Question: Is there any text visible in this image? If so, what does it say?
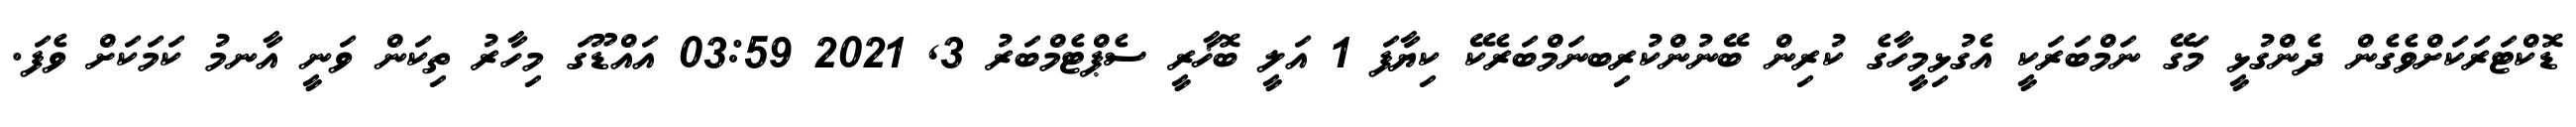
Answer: ޑޮކްޓަރަކަށްވެގެން ދެންގުޅީ މަގޭ ނަމްބަރަކީ އެގުޅިމީހާގެ ކުރިން ބޭނުންކުރިބނަމްބަރެކޭ ކިޔާފަ 1 އަލީ ބޮޚާރީ ސެޕްޓެމްބަރު 3, 2021 03:59 އައްޑޫގަ މިހާރު ތިކަން ވަނީ އާނމު ކަމަކަށް ވެފަ.